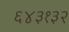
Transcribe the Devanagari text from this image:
६४३१३२